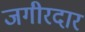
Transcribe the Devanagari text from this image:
जगीरदार